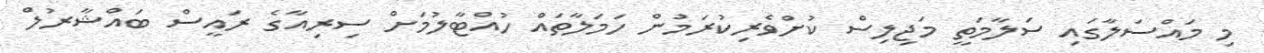
މި މައްސަލާގައި ސަލާމަތީ މަޖިލިސް ކުށްވެރިކުރަމުން ހަމަލާތައް ހުއްޓާލުމަށް ސިރިއާގެ ރައީސް ބައްޝާރުލް